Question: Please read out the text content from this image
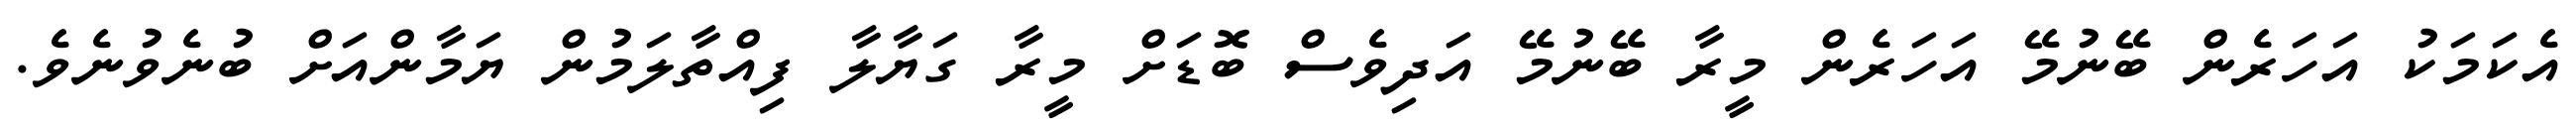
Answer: އެކަމަކު އަހަރެން ބޭނުމޭ އަހަރެން މީރާ ބޭނުމޭ އަދިވެސް ބޮޑަށް މީރާ ގަޔާލާ ފިއްތާލަމުން ޔަމާންއަށް ބުނެވުނެވެ.